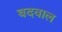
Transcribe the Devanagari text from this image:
बदवाल